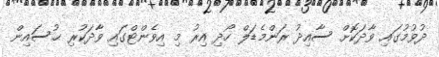
ދުވުމުގައި ވާދަކޮށް ސާއިދު ރަންމެޑަލް ހޯދި އިރު މި އިވެންޓްގައި ވާދަކުރި ޙުސައިން